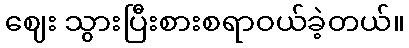
ဈေး သွားပြီးစားစရာဝယ်ခဲ့တယ်။